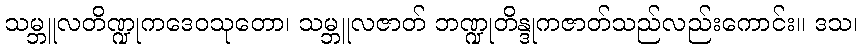
သမ္ဘူလတိဏ္ဍုကဒေဝသုတော၊ သမ္ဘူလဇာတ် ဘဏ္ဍုတိန္ဒုကဇာတ်သည်လည်းကောင်း။ ဒသ၊